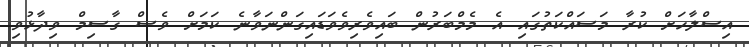
އިސްލާހަށް ކުރާ މަސައްކަތުގައި އެ މެމްބަރުން ބައިވެރިވެވަޑައިގަންނަވާނެ ކަމަށް ވެސް ގާސިމް ވިދާޅުވި